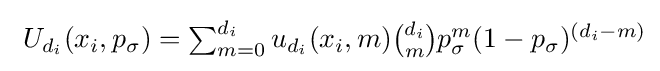
\textstyle \ U_{d_{i}}(x_{i},p_{\sigma })=\sum _{m=0}^{d_{i}}u_{d_{i}}(x_{i},m){d_{i} \choose m}p_{\sigma }^{m}(1-p_{\sigma })^{(d_{i}-m)}